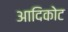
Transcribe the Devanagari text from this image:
आदिकोट